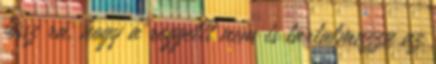
jössz rá, hogy a reggelit nem is tartalmazza az